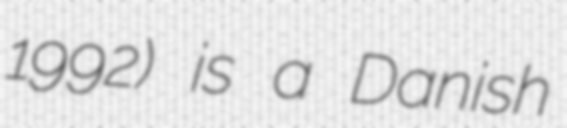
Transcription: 1992) is a Danish